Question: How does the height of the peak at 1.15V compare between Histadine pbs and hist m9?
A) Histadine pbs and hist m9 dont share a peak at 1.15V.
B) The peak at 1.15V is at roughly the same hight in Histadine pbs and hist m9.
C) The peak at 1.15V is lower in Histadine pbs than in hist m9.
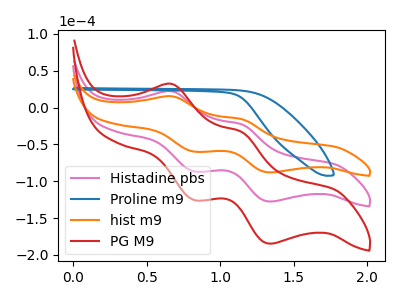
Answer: <think>The pink curve "Histadine pbs" has anodic peaks at (0.65V, 22.05uA) (1.15V, -22.85uA) and cathodic peaks at (0.80V, -86.65uA) (1.35V, -127.55uA). The blue curve "Proline m9" has no peaks. The orange curve "hist m9" has anodic peaks at (0.65V, 15.25uA) (1.15V, -15.75uA) and cathodic peaks at (0.80V, -59.80uA) (1.35V, -88.05uA). The red curve "PG M9" has anodic peaks at (0.65V, 44.10uA) (1.15V, -45.65uA) and cathodic peaks at (0.80V, -173.25uA) (1.35V, -255.10uA).</think>
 <answer>C) The peak at 1.15V is lower in "Histadine pbs" than in "hist m9".</answer>
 <eval>C</eval>